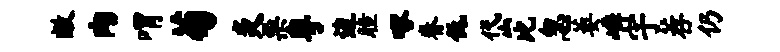
敝肉喟菊炎栗粤边瞳啄眷低岱比忽萎嶙宇荐仍